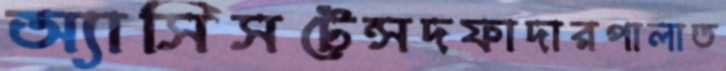
অ্যাসিসটেন্সদফাদারপালাত